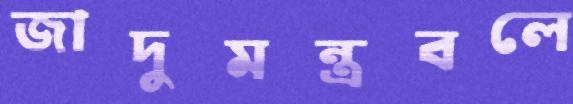
জাদুমন্ত্রবলে